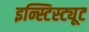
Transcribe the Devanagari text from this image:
इन्स्टिस्ट्यूट